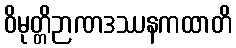
ဝိမုတ္တိဉာဏဒဿနကထာတိ